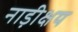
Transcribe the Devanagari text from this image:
नाड़ीक्षय